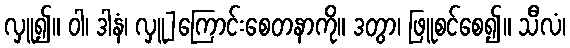
လှူ၍။ ဝါ၊ ဒါနံ၊ လှူ]ကြောင်းစေတနာကို။ ဒတွာ၊ ဖြူစင်စေ၍။ သီလံ၊